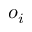
o _ { i }